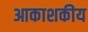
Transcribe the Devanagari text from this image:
आकाशकीय